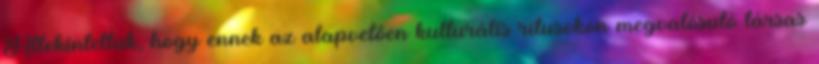
Áttekintettük, hogy ennek az alapvetően kulturális rítusokon megvalósuló társas